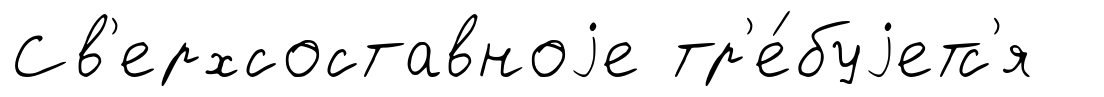
Св'ерхсоставноjе тр'е́буjетс'я